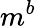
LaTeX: m^{b}